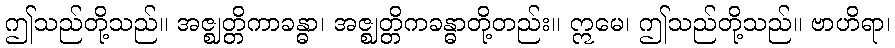
ဤသည်တို့သည်။ အဇ္ဈတ္တိကာခန္ဓာ၊ အဇ္ဈတ္တိကခန္ဓာတို့တည်း။ ဣမေ၊ ဤသည်တို့သည်။ ဗာဟိရာ၊